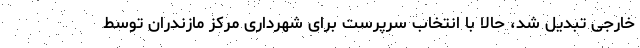
خارجی تبدیل شد، حالا با انتخاب سرپرست برای شهرداری مرکز مازندران توسط